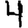
Digit: 4